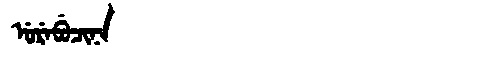
Manchu: ᡠᡵᡝᠪᡠᠴᡳᠨᠠ
Romanization: UREBUCINA